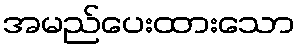
အမည်ပေးထားသော